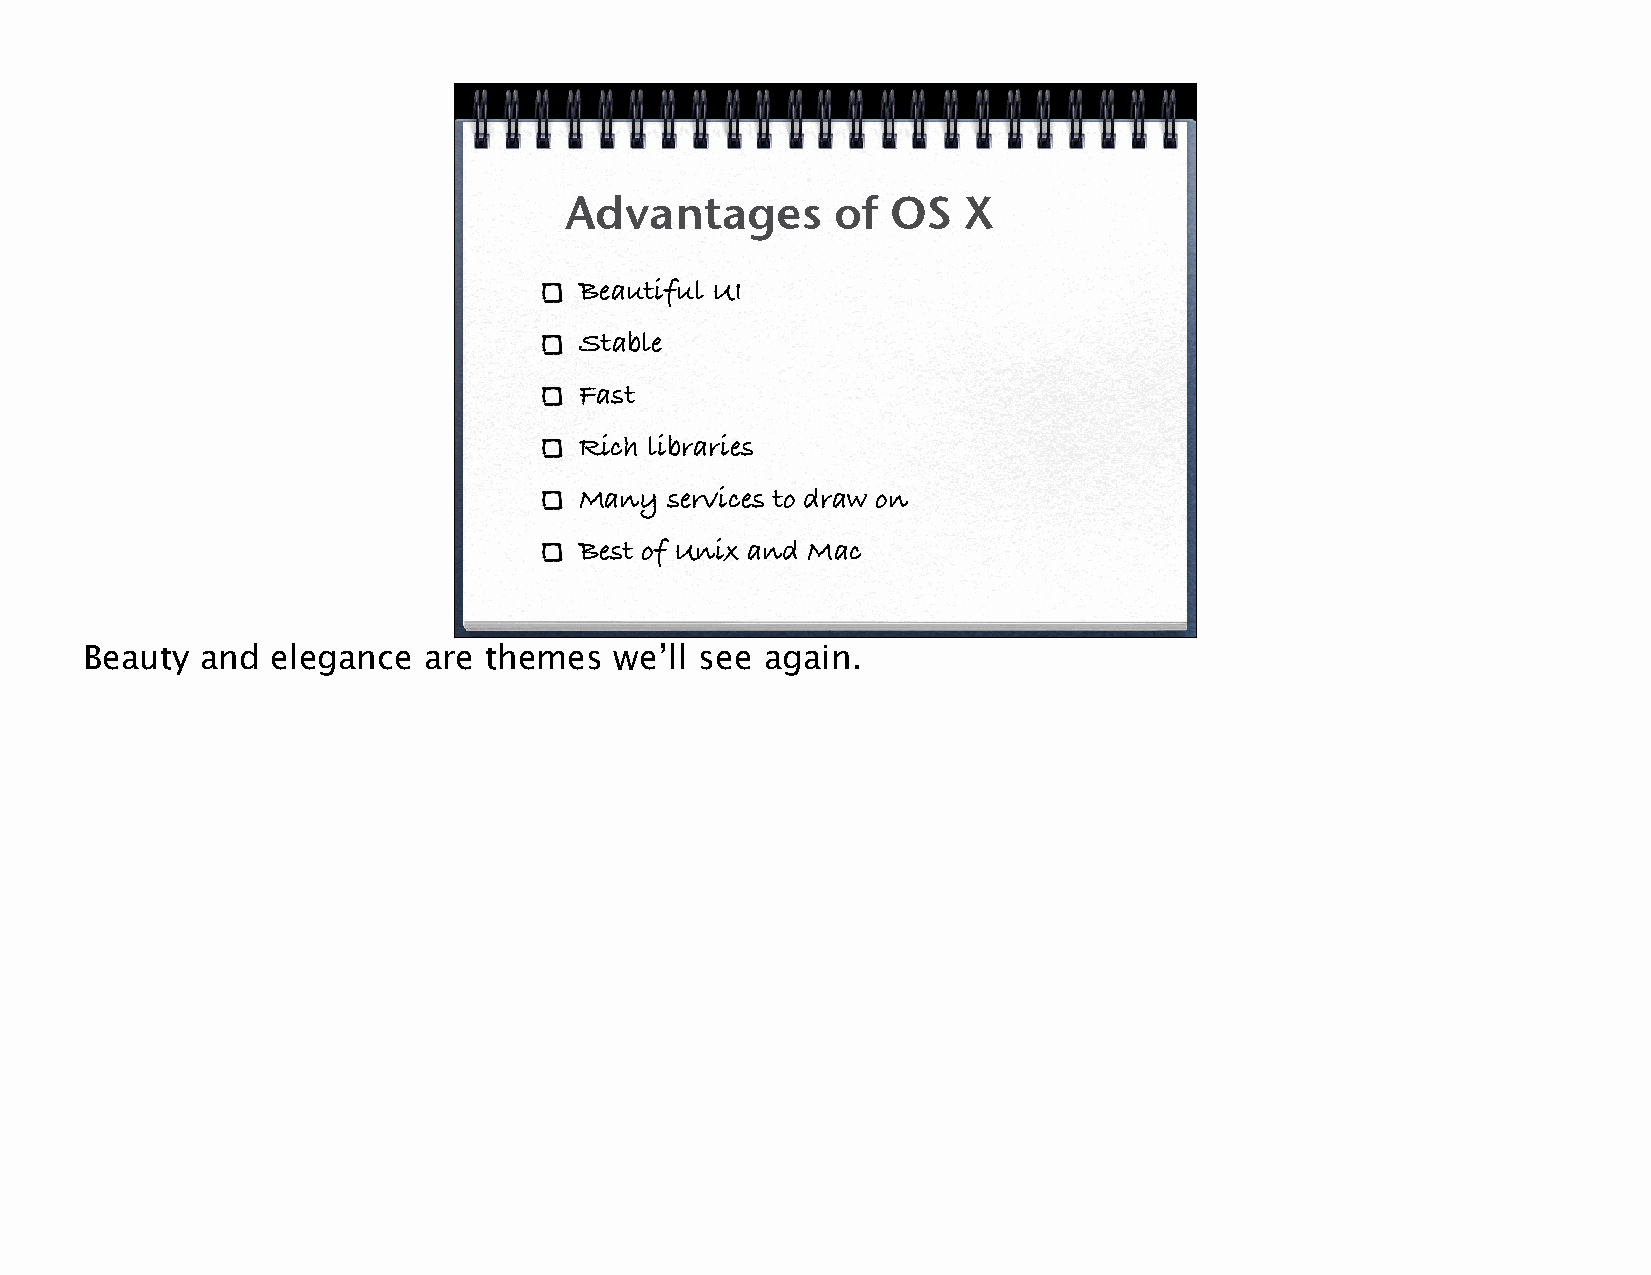
Advantages        of  OS   X
 Beautiful UI
 Stable
 Fast
 Rich libraries
 Many  services to draw on
 Best of Unix and Mac
 Beauty and  elegance  are themes   we’ll see again.